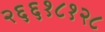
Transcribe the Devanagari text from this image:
२६६१८१२८